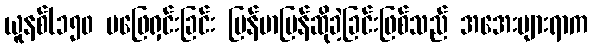
ယူနစ်(၁၅၀ မဖြေရှင်းခြင်း မြန်မာပြန်ဆိုခဲ့ခြင်းဖြစ်သည် အအေးများရာက